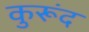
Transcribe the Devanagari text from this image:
कुरूंद